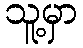
သူ့မှာ